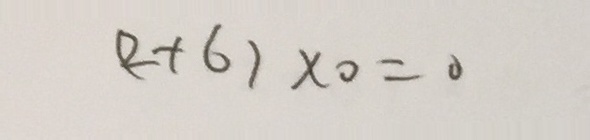
( 2 + 6 ) \times 0 = 0